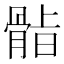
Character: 𮪫